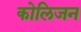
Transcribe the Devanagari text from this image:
कोलिजन